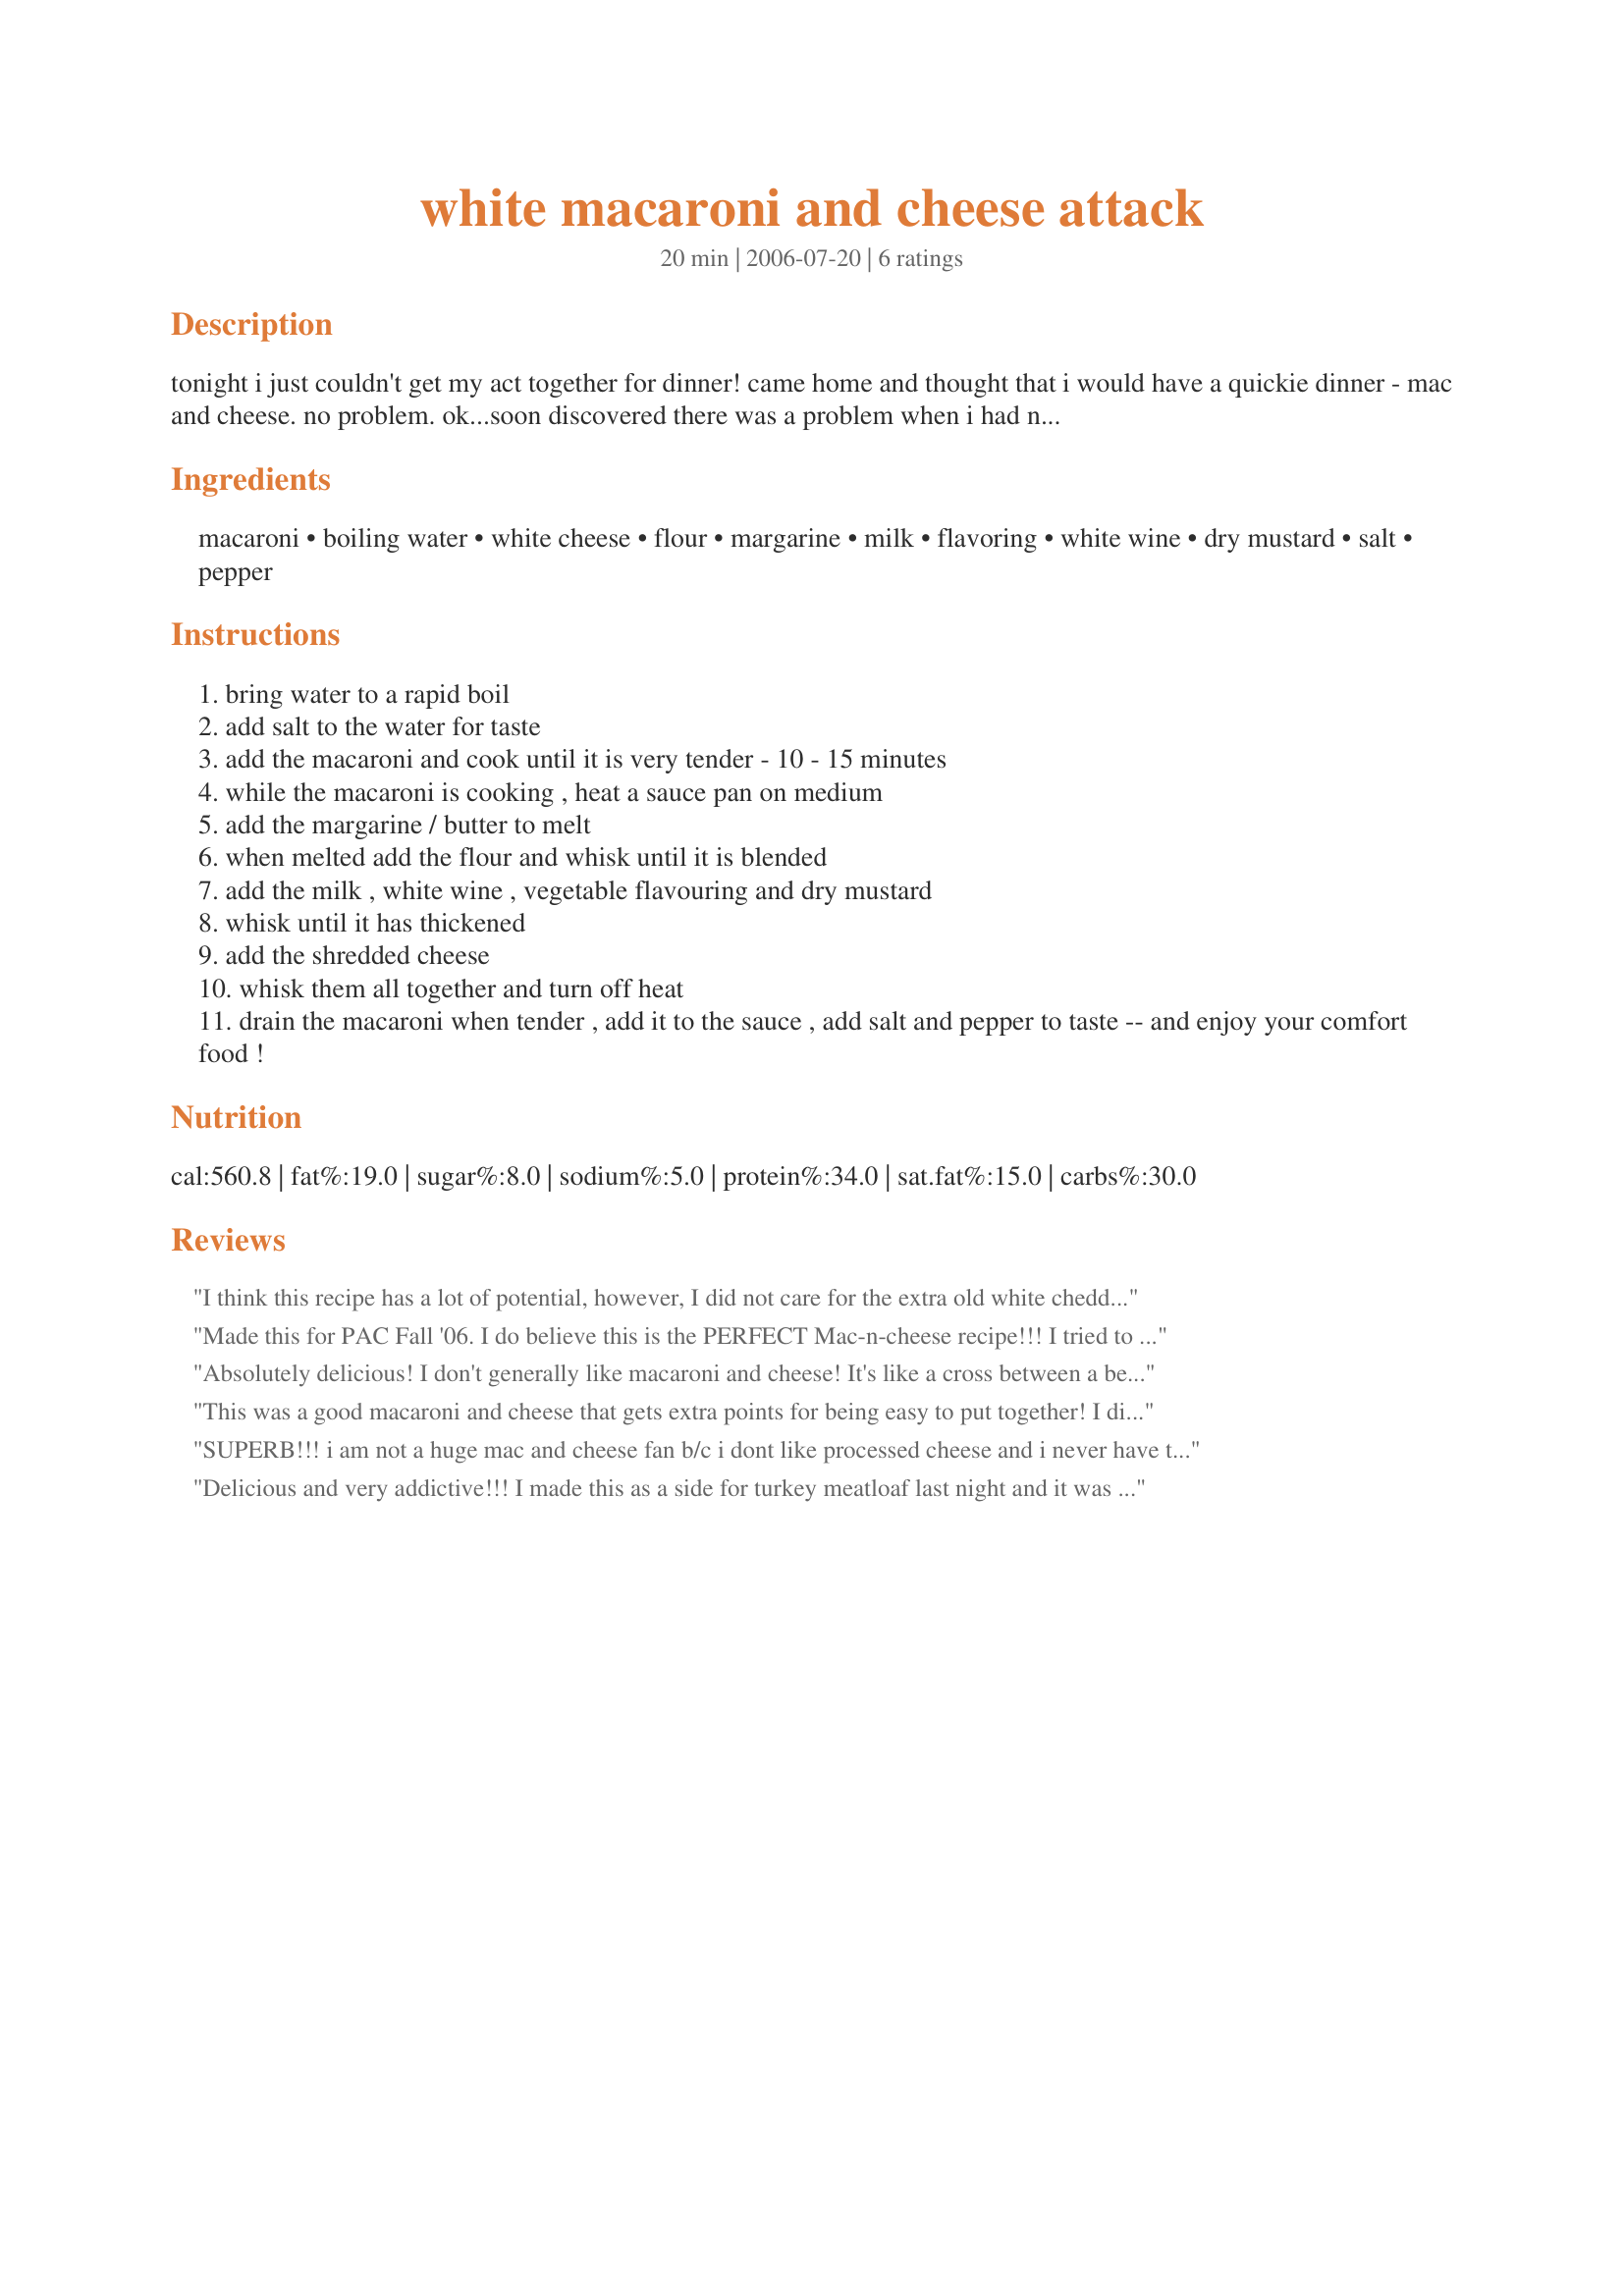
white macaroni and cheese attack
Preparation time: 20 minutes

tonight i just couldn't get my act together for dinner! came home and thought that i would have a quickie dinner - mac and cheese. no problem. ok...soon discovered there was a problem when i had no mac...so off to the store i went to buy macaroni. came home, boiled the water and macaroni and started the sauce. no milk ...or at least not enough....and no chicken bouillon. what to do? triumph! a new mac and cheese recipe was born....so come share it.....it turned out surprisingly great! you can substitute chicken flavouring for the vegetable. i used what i had in the fridge....in fact i'll put this one up against my regular mac and cheese any day !

Ingredients:
macaroni, boiling water, white cheese, flour, margarine, milk, flavoring, white wine, dry mustard, salt, pepper

Steps:
bring water to a rapid boil
add salt to the water for taste
add the macaroni and cook until it is very tender - 10 - 15 minutes
while the macaroni is cooking , heat a sauce pan on medium
add the margarine / butter to melt
when melted add the flour and whisk until it is blended
add the milk , white wine , vegetable flavouring and dry mustard
whisk until it has thickened
add the shredded cheese
whisk them all together and turn off heat
drain the macaroni when tender , add it to the sauce , add salt and pepper to taste -- and enjoy your comfort food !

Reviews:
I think this recipe has a lot of potential, however, I did not care for the extra old white cheddar. (That is the actual name on the package, Canadian Extra Old Cheese) It was WAY too strong for my taste. I will try making again with a mild white cheddar or monterey jack even. I think it will be perfect once I use the milder cheese. Thanks for the recipe!
Made this for PAC Fall '06. I do believe this is the PERFECT Mac-n-cheese recipe!!! I tried to think of how it might be improved but I simply can't... The instructions say to "add the milk" but it's not listed in the ingredients -- I didn't have any so I added about a cup of vege broth to help with melting the cheese. I took it to work & everyone wanted the recipe!!! Just don't tell my mom that this is better than hers! ;-) Thanks for posting.
Absolutely delicious! I don't generally like macaroni and cheese! It's like a cross between a bechamel and a veloute base for this sauce! I also love how it uses 2 cups of cheese, unlike most recipes that call for 4 cups (for the same amount of pasta), which tend to taste gluey and overwhelming. Your amount is just perfect for my tastes. I used regular vegetable bouillon, pinot grigio for the wine, and white cheddar cheese. This recipe is a keeper:). Thanks for sharing!!!!
This was a good macaroni and cheese that gets extra points for being easy to put together! I did add a whole teaspoon of dry mustard for some extra kick. It tasted quite a bit like the fondue cheese that we always make. Thanks for posting!
SUPERB!!! i am not a huge mac and cheese fan b/c i dont like processed cheese and i never have time to make it from scratch. this seemed to be easier to prepare. i didnt know what vegetable flavoring was so i didnt use that, and i wasnt sure what "old" cheese meant; but i used organic white cheddar and shredded it. this was delicious and definitly a keeper recipe that i will be making quite often. thanks so much!
Delicious and very addictive!!! I made this as a side for turkey meatloaf last night and it was perfect: extremely fast, easy and soooo tasty. I prefer the creamy texture to that of baked with breadcrumbs mac and cheese and also don't like processed cheese so this was perfect for me. The wine definitely gave it more of a slightly sophisticated taste. I only had chicken bouillon but it worked out well and I used extra sharp white cheddar. I froze individual meals with the meatloaf, mac and cheese and steamed broccoli, so I will add a note when I find out if it freezes well. I have made many, many recipes for macaroni and cheese and this is definitely in my top 2. Thanks CFletcher!!!
